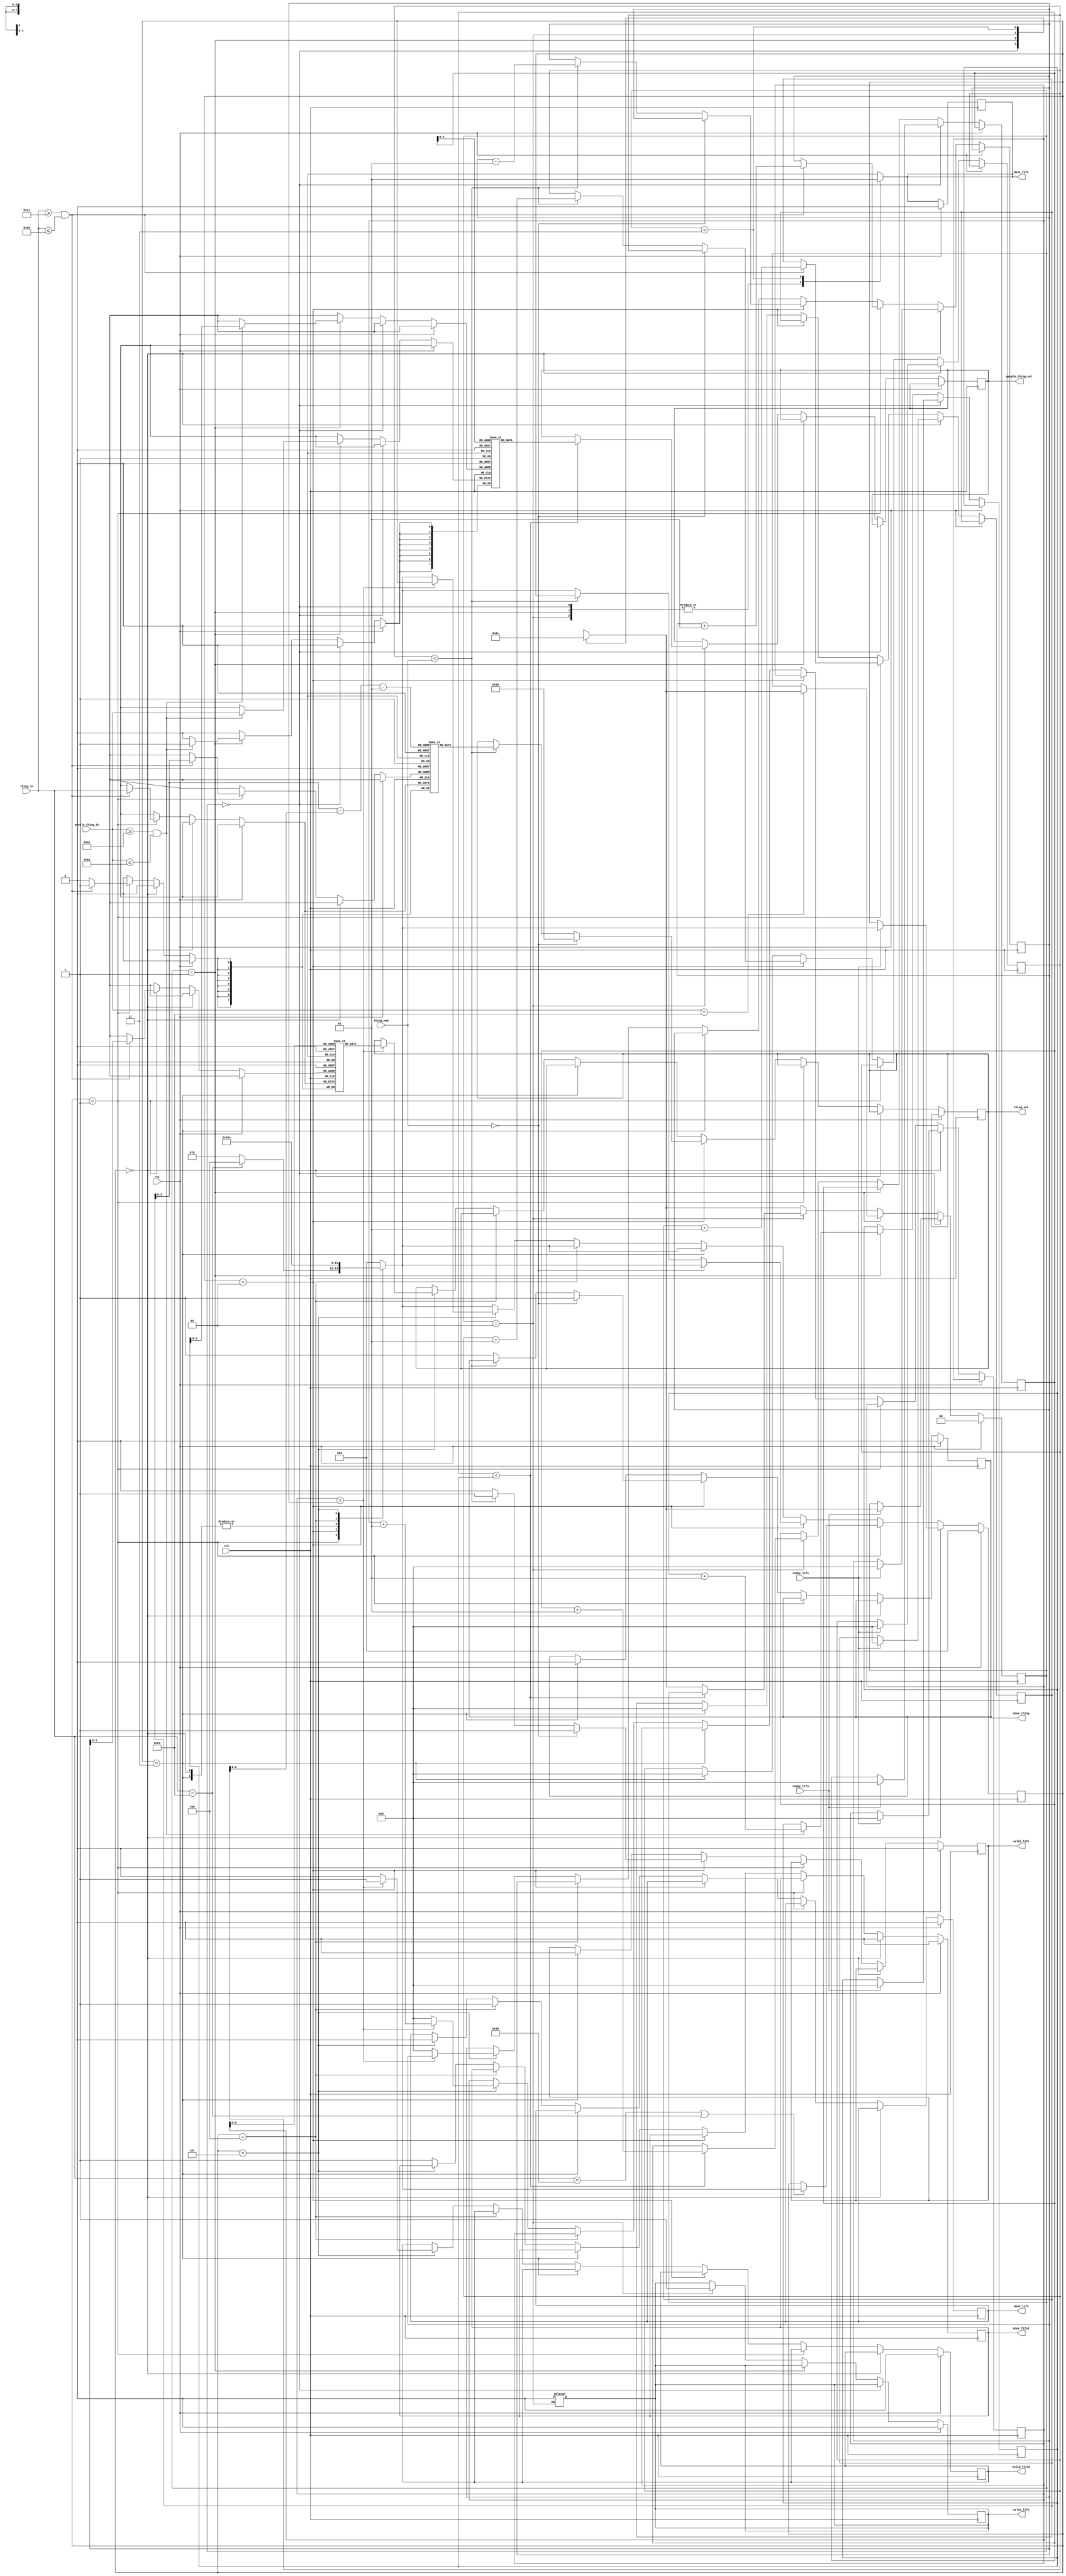
module CIPU(
input       clk, 
input       rst,
input       [7:0]people_thing_in,
input       ready_fifo,
input       ready_lifo,
input       [7:0]thing_in,
input       [3:0]thing_num,
output reg valid_fifo,
output reg valid_lifo,
output reg valid_fifo2,
output reg [7:0]people_thing_out,
output reg [7:0]thing_out,
output reg done_thing,
output reg done_fifo,
output reg done_lifo,
output reg done_fifo2);

// length parameter that defines the max length of the data sequence
parameter LENGTH=16;

/*
Since the FIFO and LIFO data come in at the same time, and the data processing 
technique between them are a slightly different from each other. So, I tried to 
break the FIFO and LIFO state control into 2 seperated FSMs.
*/
/* -----------------PARAMETERD INITIALIZATION-------------------*/
// people FIFO FSM and related parameters
parameter [1:0] INIT_1=2'b00,
                READY_1=2'b01,
                VALID_1=2'b10,
                DONE_1=2'b11;
reg [1:0] currState1, nextState1;
reg [7:0] Passenger[0:LENGTH-1]; // ONLY save the People data as output result
integer passenger_count=0; // records how many passengers in the FIFO sequence
integer passenger_index=0; // records index of passenger when outputing the result

// luggage LIFO/FIFO FSM and related parameters
parameter [2:0] INIT_2=3'b000,
                READY_2=3'b001,
                VALID_LIFO_2=3'b010,
                DONE_THING_2=3'b011,
                DONE_LIFO_2=3'b100,
                VALID_FIFO_2=3'b101,
                DONE_FIFO_2=3'b110;
reg [2:0] currState2, nextState2;
reg [7:0] Luggage[0:LENGTH-1]; // records the Luggages status
reg [7:0] Remain_Luggage[0:LENGTH-1]; // records the remaining Luggages status
integer luggage_count=0; // record total count of luggages in the sequence
integer luggage_index=0; // record index of luggages when outputing the LIFO result
integer remain_luggage_count=0; // record count of remain luggages when save to Remain_Luggage
integer remain_luggage_index=0; // record index of remain luggages when outputing the FIFO result

/*---------------------FIFO CASE----------------------*/
// currState register
always @(posedge clk)begin
    // async reset, reset all output
    if(rst)begin
        valid_fifo <= 1'b0;
        done_fifo <= 1'b0;
        currState1 <= INIT_1;
    end
    else begin
        if(currState1==INIT_1)begin
            if(ready_fifo)begin
                // reset parameters value and move to READY_1 state
                passenger_count <= 0;
                passenger_index <= 0;
                currState1 <= nextState1;
            end
        end
        else if(currState1==READY_1)begin
            // save the People ONLY info
            if(people_thing_in>=8'h41 && people_thing_in<=8'h5A)begin
                Passenger[passenger_count] <= people_thing_in;
                passenger_count <= passenger_count+1;
            end
            // encounter end symbol, move to VALID_1 state
            if(people_thing_in==8'h24)begin
                currState1 <= nextState1;
            end
        end
        else if(currState1==VALID_1)begin
            // enable valid_fifo signal as soon as output process starts
            // DON'T enable valid_fifo in `output logic part`, or the signal might 
            // be triggered earlier than the actual Passenger output comes out
            // and this will cause the output incorrect!!!
            valid_fifo <= 1'b1; 
            if(passenger_index<passenger_count)begin
                people_thing_out <= Passenger[passenger_index];
                passenger_index <= passenger_index+1;
            end
            // when finished output result, move to DONE_1 state
            else begin
                currState1 <= nextState1;
            end
        end
        else begin
            // move to INIT_1 state
            currState1 <= nextState1;
        end
    end
end 

// nextState logic
always @(currState1)begin
    case(currState1)
        INIT_1:nextState1 = READY_1;
        READY_1: nextState1 = VALID_1;
        VALID_1: nextState1 = DONE_1;
        DONE_1: nextState1 = INIT_1;
        default: nextState1 = INIT_1;
    endcase
end 

// output logic
always @(currState1)begin
    case(currState1)
        INIT_1:begin
            done_fifo = 1'b0;
            valid_fifo = 1'b0;
        end
        READY_1:begin
            done_fifo = 1'b0;
            valid_fifo = 1'b0;
        end
        VALID_1:begin
            done_fifo = 1'b0; // valid_fifo is triggered within currState register part
        end
        DONE_1:begin
            valid_fifo = 1'b0;
            done_fifo = 1'b1; // trigger the done_fifo signal
        end
        default:begin
            valid_fifo = 1'b0;
            done_fifo = 1'b1;
        end
    endcase
end 

/*---------------------LIFO CASE----------------------*/
/*
Idea of Implementing LIFO/FIFO luggage
### For LIFO:
    - Use the Luggage array to record the Luggages info each time, then popped out luggages based on thing_num value
    - luggage_count: used for counting total count of luggages each time
    - luggage_index: used for popping out the luggages

### For FIFO:
    - Use Remain_Luggage array to record the luggages info of ALL TIME
    - when popping out luggages, substract the remain_luggage_count by 1(i.e. meaning a luggage was removed)
    - remain_luggage_count: used for counting total count of luggages of ALL TIME 
    - remain_luggage_index: used for output FIFO remain luggages
*/

// currState register
always @(posedge clk)begin
    // sync reset operation, reset state to INIT_2
    // and reset valid and done signal to 0
    if(rst)begin
        valid_lifo <= 1'b0;
        valid_fifo2 <= 1'b0;
        done_thing <= 1'b0;
        done_lifo <= 1'b0;
        done_fifo2 <= 1'b0;
        currState2 <= INIT_2;
    end
    // consider the state change
    else begin
        // INIT_2 state: wait for the ready_lifo set to high
        if(currState2==INIT_2)begin
            done_fifo2 <= 1'b0;
            if(ready_lifo)begin
                // reset some value before reading data
                luggage_count <= 0;
                luggage_index <= 0;
                remain_luggage_count <= 0;
                remain_luggage_index <= 0;
                currState2 <= nextState2;
            end
        end
        // READY_2 state: start reading data until encounter end symbol or seperate symbol
        else if(currState2==READY_2)begin
            // save Luggage only(1~9)
            // ASCII code: `1` -> 8'h31, `9` -> 8'h39
            if(thing_in>=8'h31 && thing_in<=8'h39)begin
                Luggage[luggage_count] <= thing_in;
                Remain_Luggage[remain_luggage_count] <= thing_in;
                luggage_count <= luggage_count+1;
                remain_luggage_count <= remain_luggage_count+1;
            end
            // when encounter the other symbol, move to nextState(based on the nextState logic)
            if(thing_in==8'h3B || thing_in==8'h24)begin
                currState2 <= nextState2;
            end
        end
        // VALID_LIFO_2 state: start output the result of popped luggages
        else if(currState2==VALID_LIFO_2)begin
            valid_lifo <= 1'b1;
            // output the popped-luggages result based on the thing_num
            // thing_num==0 case: just output 0
            if(thing_num==0)begin
                thing_out <= 8'h30;
                done_thing <= 1'b1;
                currState2 <= nextState2;
            end
            else begin
                if(luggage_index<thing_num)begin
                    thing_out <= Luggage[luggage_count-luggage_index-1];
                    luggage_index <= luggage_index+1;
                    remain_luggage_count <= remain_luggage_count-1;
                end
                else begin
                    valid_lifo <= 1'b0;
                    done_thing <= 1'b1;
                    currState2 <= nextState2;
                end
            end
        end
        // DONE_THING_2 state: control the done_thing signal
        else if(currState2==DONE_THING_2)begin
            luggage_count <= 0; // reset luggage_count for next sequence
            luggage_index <= 0; // reset luggage_index for next sequence
            valid_lifo <= 1'b0; // if zero pop-out case happens, then we can NOT set valid_lifo as high and low in same clock cycle
            done_thing <= 1'b0;
            currState2 <= nextState2;
        end
        // DONE_LIFO_2 state: enable the done_lifo and move to the nextState
        else if(currState2==DONE_LIFO_2)begin
            done_lifo <= 1'b1;
            currState2 <= nextState2;
        end
        // VALID_FIFO_2 state: start output FIFO_2 result
        else if(currState2==VALID_FIFO_2)begin
            done_lifo <= 1'b0;
            valid_fifo2 <= 1'b1;
            // output FIFO2 result
            if(remain_luggage_index<remain_luggage_count)begin
                thing_out <= Remain_Luggage[remain_luggage_index];
                remain_luggage_index <= remain_luggage_index+1;
            end
            else begin
                remain_luggage_count <= 0;
                remain_luggage_index <= 0;
                valid_fifo2 <= 1'b0;
                currState2 <= nextState2;
            end
        end
        // DONE_FIFO_2 state
        else begin
            done_fifo2 <= 1'b1;
            currState2 <= nextState2;
        end
    end
end

// nextState logic
always @(currState2 or thing_in)begin
    case (currState2)
        INIT_2: nextState2 = READY_2;
        READY_2:begin
            // if the data is end symbol, then jump to DONE_LIFO_2 state
            // else jump to VALID_LIFO_2 state for data validation
            case (thing_in)
                8'h24: nextState2 = DONE_LIFO_2;
                8'h3B: nextState2 = VALID_LIFO_2;
                default: nextState2 = VALID_LIFO_2;
            endcase
        end
        VALID_LIFO_2: nextState2 = DONE_THING_2;
        DONE_THING_2: nextState2 = READY_2;
        DONE_LIFO_2: nextState2 = VALID_FIFO_2;
        VALID_FIFO_2: nextState2 = DONE_FIFO_2;
        DONE_FIFO_2: nextState2 = INIT_2;
        default: nextState2 = INIT_2;
    endcase
end

endmodule